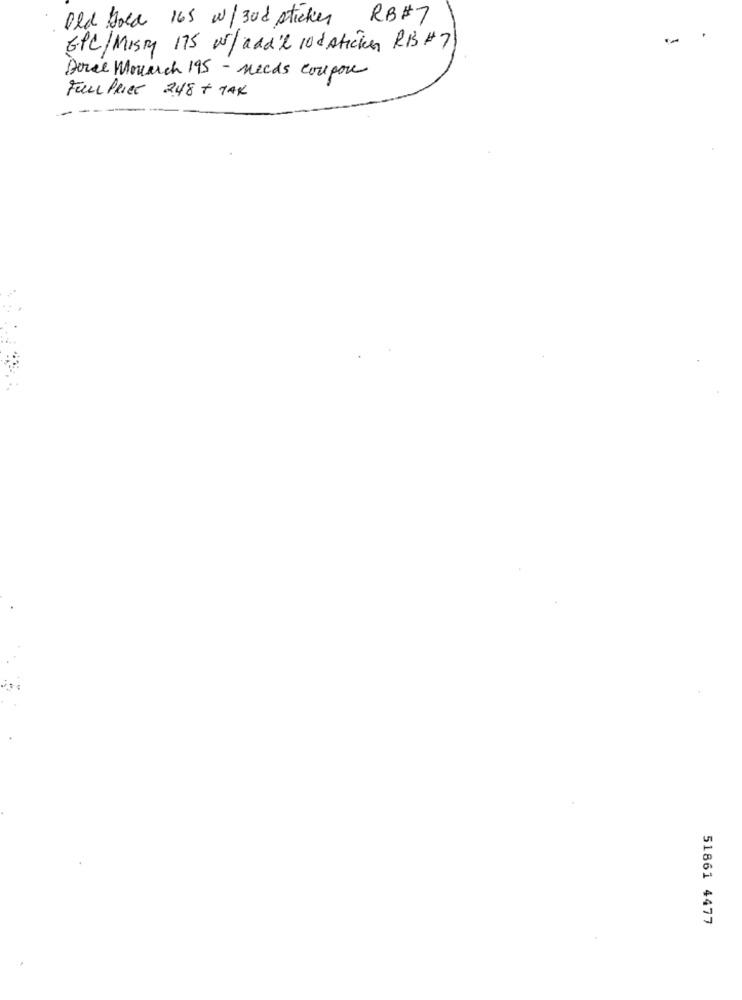
Old gold 165 w/ 300 sticker RB#7
GPC/MISTY 175 W/ add'l 10d stickes RB #7
Deree Monarch 195 - needs coupon
FULL PRICE 248 + TAK
51861 4477